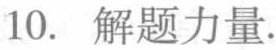
10. 解题力量.